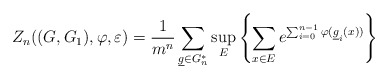
\begin{align*}Z_n((G,G_1),\varphi, \varepsilon)= \frac{1}{m^n}\sum_{{\underline g \in G_n^*}} \sup_{E}\left\{ \sum_{x\in E} e^{\sum_{i=0}^{n-1} \varphi (\underline g_i (x))} \right\}\end{align*}